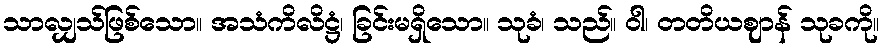
သာလျှသ်ဖြစ်သော။ အသံကိလိဋ္ဌံ၊ ခြင်းမရှိသော။ သုခံ၊ သည်။ ဝါ၊ တတိယဈာန် သုခကို။